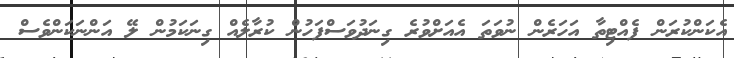
އެކަންކުރަން ފެއްޓިތާ އަހަރެން ނުވަތަ އެއަށްވުރެ ގިނަދުވަސްފަހުން ކުރާލެއް ގިނަކަމުން ލޭ އަންނަކަންވެސް